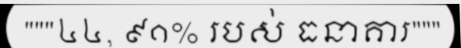
"""៤៤, ៩១% របស់ ធនាគារ"""